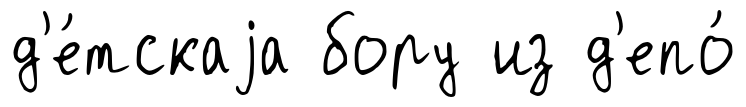
д'е́тскаjа бору из д'епо́